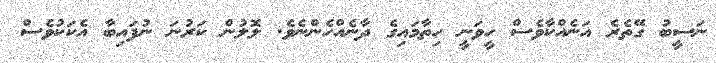
ނަސީބު ގޭތެރެ އަނެއްކާވެސް ހީވަނީ ހިތާމައިގެ ދާނެއްހެންނެވެ. ލޮލުން ކަރުނަ ނުފައިބާ އެކަކުވެސް